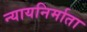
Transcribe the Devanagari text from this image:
न्यायनिर्माता